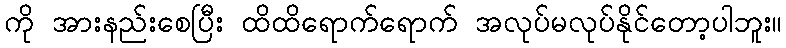
ကို အားနည်းစေပြီး ထိထိရောက်ရောက် အလုပ်မလုပ်နိုင်တော့ပါဘူး။